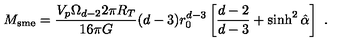
M _ { \mathrm { s m e } } = \frac { V _ { p } \Omega _ { d - 2 } 2 \pi R _ { T } } { 1 6 \pi G } ( d - 3 ) r _ { 0 } ^ { d - 3 } \left[ \frac { d - 2 } { d - 3 } + \sinh ^ { 2 } \hat { \alpha } \right] \ .